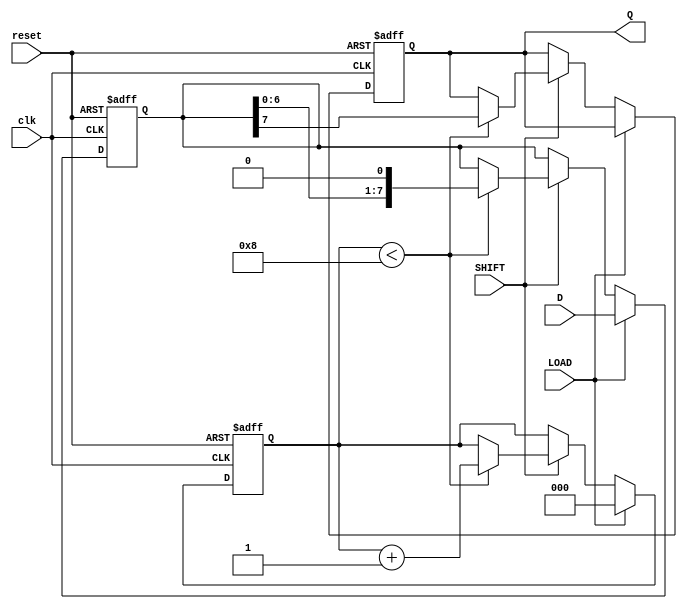
module TwoStagePISO (
    input wire clk,          // Clock signal
    input wire reset,        // Reset signal
    input wire LOAD,         // Load control signal
    input wire SHIFT,        // Shift control signal
    input wire [7:0] D,      // Parallel data input
    output reg Q             // Serial output
);

    reg [7:0] input_reg;     // Input stage register
    reg [7:0] output_reg;    // Output stage register
    reg [2:0] bit_count;      // Bit counter for shifting

    // Reset and Load operation
    always @(posedge clk or posedge reset) begin
        if (reset) begin
            input_reg <= 8'b0; // Clear input register
            output_reg <= 8'b0; // Clear output register
            Q <= 1'b0;          // Clear serial output
            bit_count <= 3'b0;  // Reset bit counter
        end else if (LOAD) begin
            input_reg <= D;     // Load parallel data into input register
            output_reg <= D;    // Initialize output register with input data
            bit_count <= 3'b0;  // Reset bit counter
        end else if (SHIFT) begin
            if (bit_count < 8) begin
                Q <= output_reg[7]; // Shift out the MSB
                output_reg <= {output_reg[6:0], 1'b0}; // Shift left
                bit_count <= bit_count + 1; // Increment bit counter
            end
        end
    end

endmodule